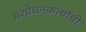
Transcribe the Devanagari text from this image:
संशोधनकर्त्यांची